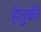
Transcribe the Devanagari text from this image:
हेतुकी